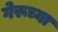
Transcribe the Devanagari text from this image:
गेरूच्या